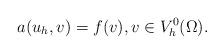
LaTeX: \begin{align*} a(u_h,v)=f(v),v\in V^0_h(\Omega).\end{align*}